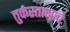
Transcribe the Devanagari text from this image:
तुर्कस्तानाचे